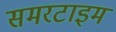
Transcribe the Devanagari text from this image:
समरटाइम